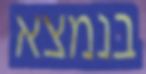
בנמצא